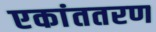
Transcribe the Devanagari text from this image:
एकांततरण